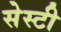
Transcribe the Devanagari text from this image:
सेस्टी